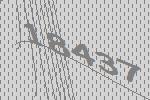
18437